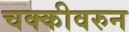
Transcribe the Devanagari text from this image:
चक्कीवरुन